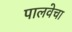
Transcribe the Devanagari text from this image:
पालवेचा